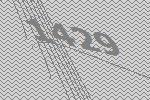
1429